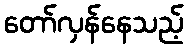
တော်လှန်နေသည့်